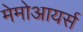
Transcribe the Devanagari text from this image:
मेमोआयर्स